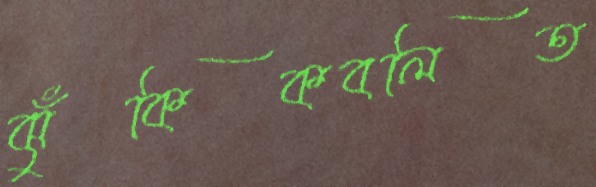
ঝুঁকিকবলিত